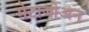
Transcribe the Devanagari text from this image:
मेटाजोअन